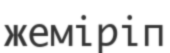
жеміріп